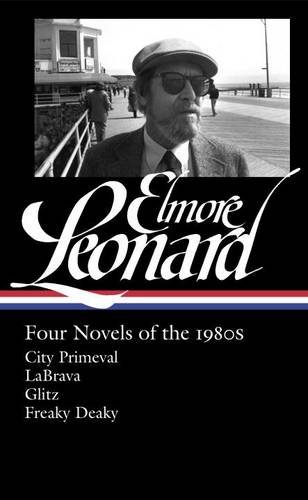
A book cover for Elmore Leonard: Four Novels of the 1980s: City Primeval / LaBrava / Glitz / Freaky Deaky (Library of America); Elmore Leonard; Mystery, Thriller & Suspense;